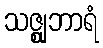
သဇ္ဈုဘာရံ